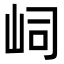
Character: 㟃